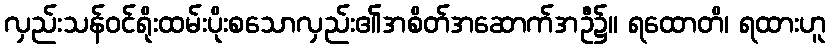
လှည်းသန်ဝင်ရိုးထမ်းပိုးစသောလှည်း၏အစိတ်အဆောက်အဦ၌။ ရထောတိ၊ ရထားဟူ